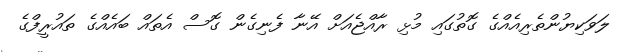
ލަވަކިޔުންތެރިއެއްގެ ގޮތުގައި މުޅި ރާއްޖެއަށް އޭނާ ފެނިގެން ގޮސް އެތައް ބައެއްގެ ތައުރީފްގެ